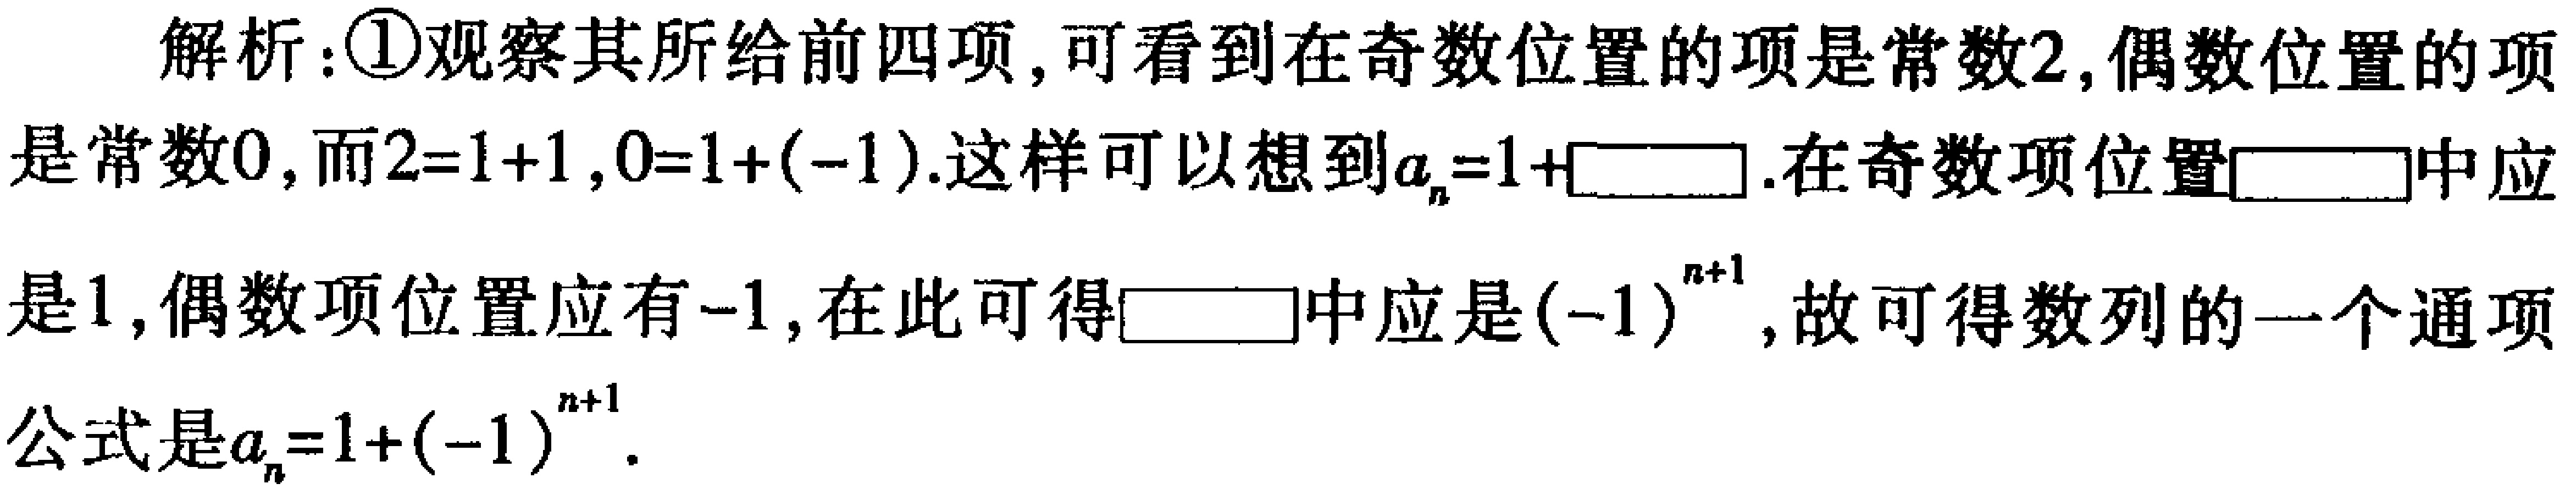
解析：\textcircled{1}观察其所给前四项，可看到在奇数位置的项是常数\(2\)，偶数位置的项是常数\(0\)，而\(2 = 1 + 1\)，\(0 = 1 + (-1)\)。这样可以想到\(a_{n}=1+\square\)。在奇数项位置\(\square\)中应是\(1\)，偶数项位置应有\(-1\)，在此可得\(\square\)中应是\((-1)^{n + 1}\)，故可得数列的一个通项公式是\(a_{n}=1+(-1)^{n + 1}\)。